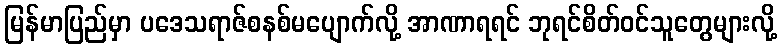
မြန်မာပြည်မှာ ပဒေသရာဇ်စနစ်မပျောက်လို့ အာဏာရရင် ဘုရင်စိတ်ဝင်သူတွေများလို့